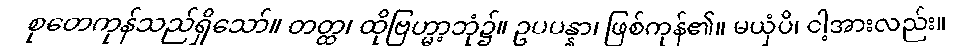
စုတေကုန်သည်ရှိသော်။ တတ္ထ၊ ထိုဗြဟ္မာ့ဘုံ၌။ ဥပပန္နာ၊ ဖြစ်ကုန်၏။ မယှံပိ၊ ငါ့အားလည်း။